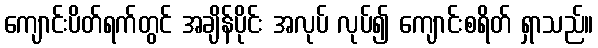
ကျောင်းပိတ်ရက်တွင် အချိန်ပိုင်း အလုပ် လုပ်၍ ကျောင်းစရိတ် ရှာသည်။